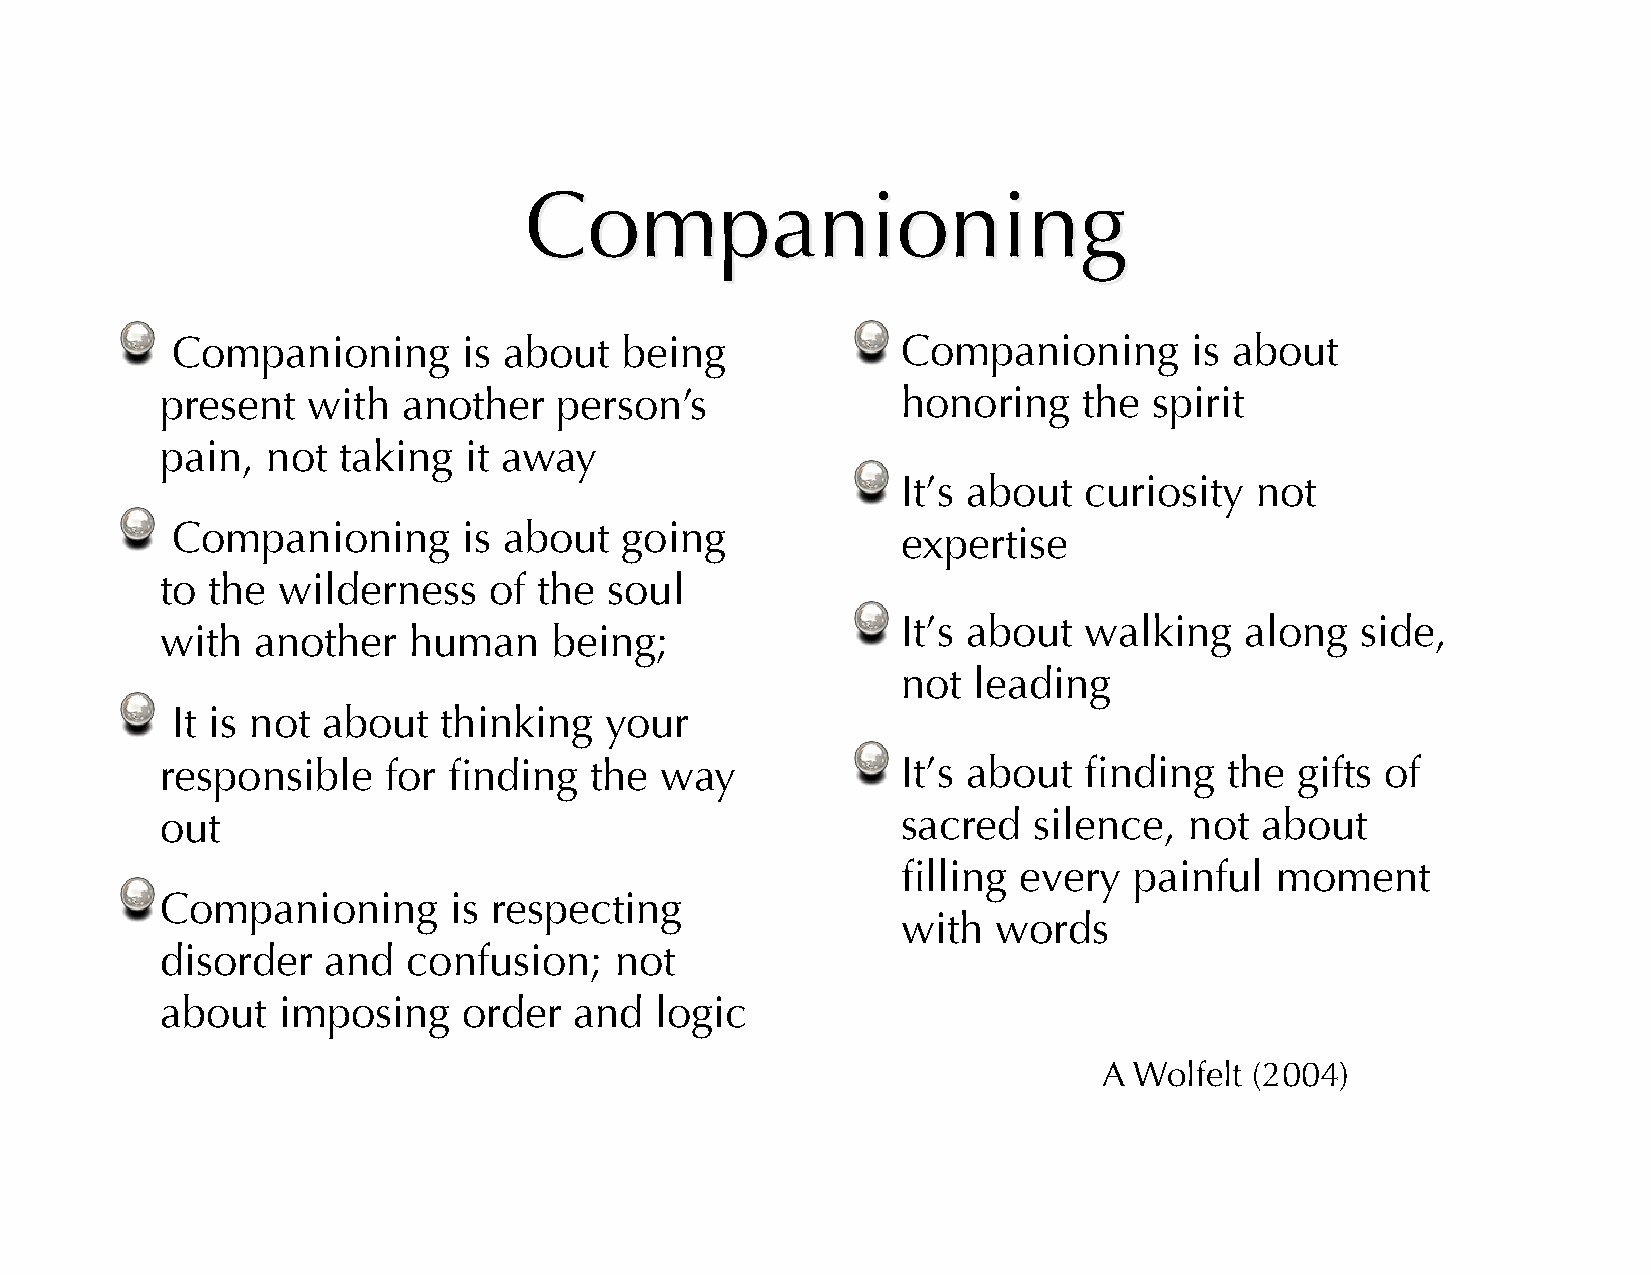
!                                                !
 Companioning        is about  being              Companioning       is about
 present  with   another   person’s               honoring    the spirit
 pain,  not taking   it away
 !
 It’s about  curiosity  not
 !
 Companioning        is about  going              expertise
 to the wilderness    of  the soul
 !
 It’s about  walking   along   side,
 with  another   human     being;
 not leading
 !
 It is not about   thinking   your
 !
 responsible   for  finding  the  way             It’s about  finding  the  gifts of
 out                                              sacred  silence,   not about
 filling every  painful  moment
 !
 Companioning       is respecting
 with  words
 disorder  and   confusion;    not
 about  imposing     order  and  logic
 A Wolfelt (2004)